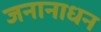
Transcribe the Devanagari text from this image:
जनानाधन